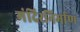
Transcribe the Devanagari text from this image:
मंदिरनिर्माण